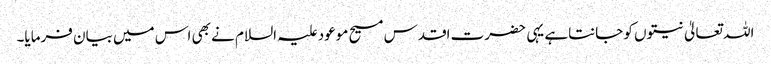
اللہ تعالیٰ نیتوں کو جانتاہے یہی حضرت اقدس مسیح موعود علیہ السلام نے بھی اس میں بیان فرمایا۔